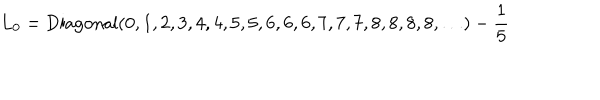
L _ { 0 } = \mathrm { D i a g o n a l } ( 0 , 1 , 2 , 3 , 4 , 4 , 5 , 5 , 6 , 6 , 6 , 7 , 7 , 7 , 8 , 8 , 8 , 8 , \ldots ) - \frac { 1 } { 5 }